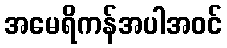
အမေရိကန်အပါအဝင်